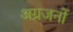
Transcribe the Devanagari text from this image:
अग्रजनों